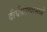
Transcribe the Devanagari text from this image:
दीर्घकाव्यामध्ये